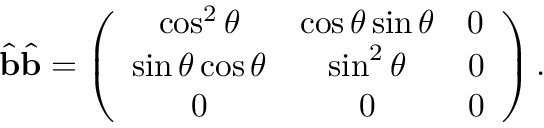
\hat { \mathbf { b } } \hat { \mathbf { b } } = \left( \begin{array} { c c c } { \cos ^ { 2 } \theta } & { \cos \theta \sin \theta } & { 0 } \\ { \sin \theta \cos \theta } & { \sin ^ { 2 } \theta } & { 0 } \\ { 0 } & { 0 } & { 0 } \end{array} \right) .